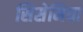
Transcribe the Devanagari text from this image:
सिसेमिया